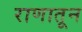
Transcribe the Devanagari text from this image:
राणातून